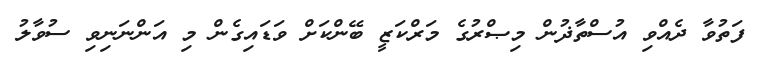
ފަތުވާ ދެއްވި އުސްތާޛުން މިޞްރުގެ މަރްކަޒީ ބޭންކަށް ވަޑައިގެން މި އަންނަނިވި ސުވާލު